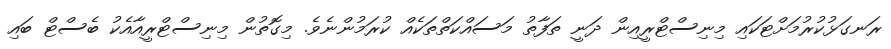
ރަނގަޅުކުރުމަށްޓަކައި މިނިސްޓްރީއިން ދަނީ ތަފާތު މަސައްކަތްތަކެއް ކުރަމުންނެވެ. މިގޮތުން މިނިސްޓްރީއާއެކު ބެސްޓް ބައި